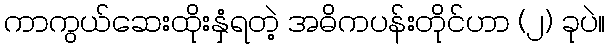
ကာကွယ်ဆေးထိုးနှံရတဲ့ အဓိကပန်းတိုင်ဟာ (၂) ခုပဲ။